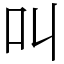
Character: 叫